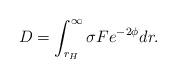
LaTeX: \begin{align*}D=\int_{r_H}^\infty\sigma F e^{-2\phi}dr.\end{align*}